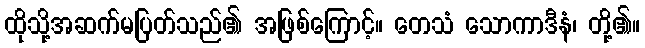
ထိုသို့အဆက်မပြတ်သည်၏ အဖြစ်ကြောင့်။ တေသံ သောကာဒီနံ၊ တို့၏။